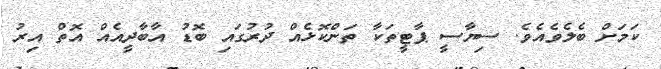
ކަމަށް ބެލެވެއެވެ. ސިޔާސީ ޕާޓީތަކާ ތަންކޮޅެއް ދުރުގައި ބޮޑު އާބާދީއެއް އޮތް އިރު